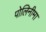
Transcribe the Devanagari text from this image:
पोलिनीमा